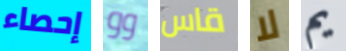
إحصاء وو قاس لا يم